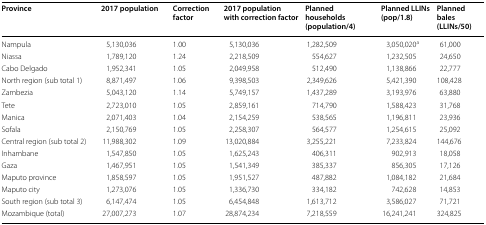
<table><thead><tr><td><b>Province</b></td><td><b>2017 population</b></td><td><b>Correction factor</b></td><td><b>2017 population with correction factor</b></td><td><b>Planned households (population/4)</b></td><td><b>Planned LLINs (pop/1.8)</b></td><td><b>Planned bales (LLINs/50)</b></td></tr></thead><tbody><tr><td>Nampula</td><td>5,130,036</td><td>1.00</td><td>5,130,036</td><td>1,282,509</td><td>3,050,020<sup>a</sup></td><td>61,000</td></tr><tr><td>Niassa</td><td>1,789,120</td><td>1.24</td><td>2,218,509</td><td>554,627</td><td>1,232,505</td><td>24,650</td></tr><tr><td>Cabo Delgado</td><td>1,952,341</td><td>1.05</td><td>2,049,958</td><td>512,490</td><td>1,138,866</td><td>22,777</td></tr><tr><td>North region (sub total 1)</td><td>8,871,497</td><td>1.06</td><td>9,398,503</td><td>2,349,626</td><td>5,421,390</td><td>108,428</td></tr><tr><td>Zambezia</td><td>5,043,120</td><td>1.14</td><td>5,749,157</td><td>1,437,289</td><td>3,193,976</td><td>63,880</td></tr><tr><td>Tete</td><td>2,723,010</td><td>1.05</td><td>2,859,161</td><td>714,790</td><td>1,588,423</td><td>31,768</td></tr><tr><td>Manica</td><td>2,071,403</td><td>1.04</td><td>2,154,259</td><td>538,565</td><td>1,196,811</td><td>23,936</td></tr><tr><td>Sofala</td><td>2,150,769</td><td>1.05</td><td>2,258,307</td><td>564,577</td><td>1,254,615</td><td>25,092</td></tr><tr><td>Central region (sub total 2)</td><td>11,988,302</td><td>1.09</td><td>13,020,884</td><td>3,255,221</td><td>7,233,824</td><td>144,676</td></tr><tr><td>Inhambane</td><td>1,547,850</td><td>1.05</td><td>1,625,243</td><td>406,311</td><td>902,913</td><td>18,058</td></tr><tr><td>Gaza</td><td>1,467,951</td><td>1.05</td><td>1,541,349</td><td>385,337</td><td>856,305</td><td>17,126</td></tr><tr><td>Maputo province</td><td>1,858,597</td><td>1.05</td><td>1,951,527</td><td>487,882</td><td>1,084,182</td><td>21,684</td></tr><tr><td>Maputo city</td><td>1,273,076</td><td>1.05</td><td>1,336,730</td><td>334,182</td><td>742,628</td><td>14,853</td></tr><tr><td>South region (sub total 3)</td><td>6,147,474</td><td>1.05</td><td>6,454,848</td><td>1,613,712</td><td>3,586,027</td><td>71,721</td></tr><tr><td>Mozambique (total)</td><td>27,007,273</td><td>1.07</td><td>28,874,234</td><td>7,218,559</td><td>16,241,241</td><td>324,825</td></tr></tbody></table>